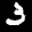
Label: 3